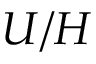
U / H